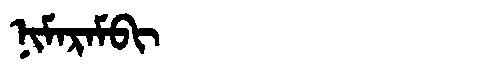
Manchu: ᠨᡳᠮᠠᡵᠠᠮᠪᡳ
Romanization: NIMARAMBI